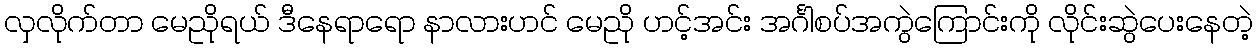
လှလိုက်တာ မေညိုရယ် ဒီနေရာရော နာလားဟင် မေညို ဟင့်အင်း အင်္ဂါစပ်အကွဲကြောင်းကို လိုင်းဆွဲပေးနေတဲ့